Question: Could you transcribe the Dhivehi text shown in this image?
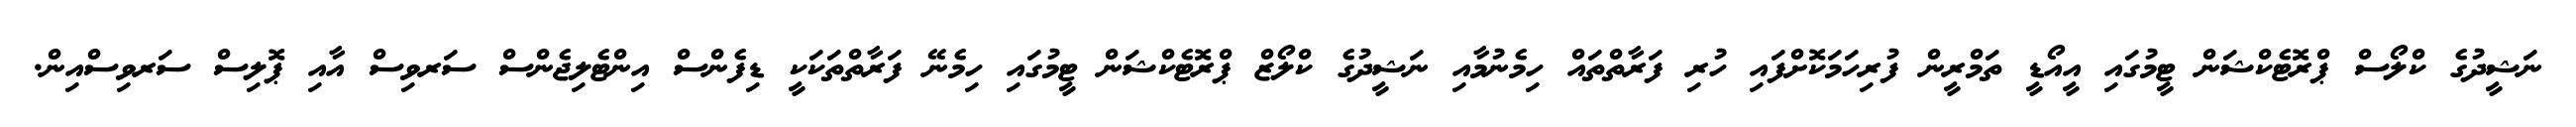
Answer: ނަޝީދުގެ ކްލޯސް ޕްރޮޓެކްޝަން ޓީމުގައި އީއޯޑީ ތަމްރީން ފުރިހަމަކޮށްފައި ހުރި ފަރާތްތައް ހިމެނުމާއި ނަޝީދުގެ ކްލޯޒް ޕްރޮޓެކްޝަން ޓީމުގައި ހިމެނޭ ފަރާތްތަކަކީ ޑިފެންސް އިންޓެލިޖެންސް ސަރވިސް އާއި ޕޮލިސް ސަރވިސްއިން.